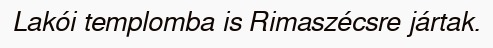
Lakói templomba is Rimaszécsre jártak.